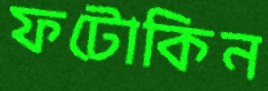
ফটোকিন